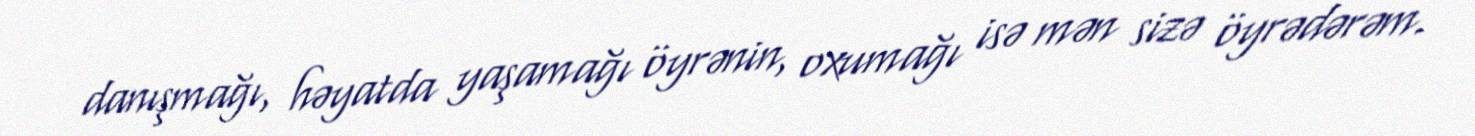
danışmağı, həyatda yaşamağı öyrənin, oxumağı isə mən sizə öyrədərəm.